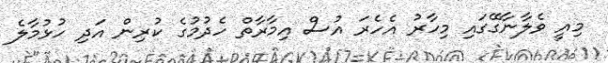
މިއީ ވެލާނާގޭގައި މިހާރު އެހެރަ އުސް އިމާރާތް ހެދުމުގެ ކުރިން އަދި ހުޅުމާލެ